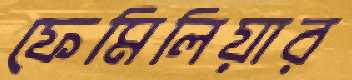
ফেমিলিয়ার